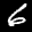
Label: 6